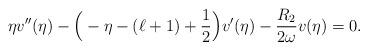
LaTeX: \begin{align*} \eta v{''}(\eta) - \Big(-\eta-(\ell+1) +\frac{1}{2}\Big) v{'}(\eta) -\frac{R_2}{2\omega} v(\eta ) =0. \end{align*}